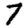
Digit: 7